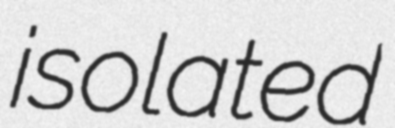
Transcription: isolated